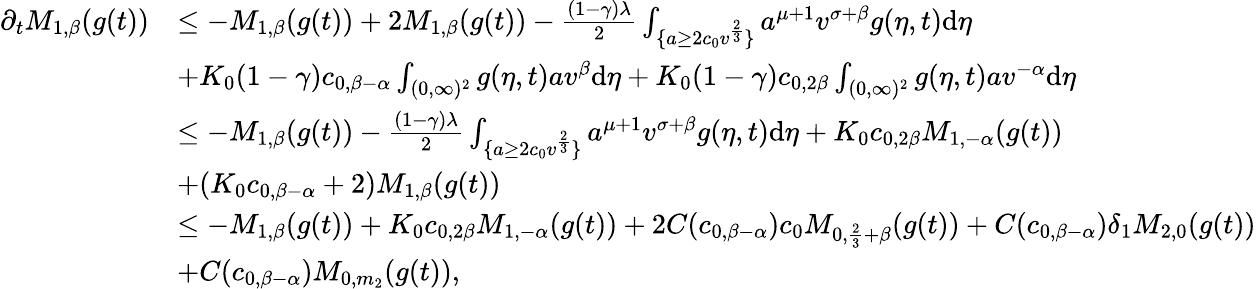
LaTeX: \begin{array}{rl}{\partial_{t}M_{1,\beta}(g(t))}&{\leq-M_{1,\beta}(g(t))+2M_{1,\beta}(g(t))-\frac{(1-\gamma)\lambda}{2}\int_{\{ a\geq 2c_{0}v^{\frac{2}{3}}\} }a^{\mu+1}v^{\sigma+\beta}g(\eta,t)\textup{d}\eta}\\ &{+K_{0}(1-\gamma)c_{0,\beta-\alpha}\int_{(0,\infty)^{2}}g(\eta,t)av^{\beta}\textup{d}\eta+K_{0}(1-\gamma)c_{0,2\beta}\int_{(0,\infty)^{2}}g(\eta,t)av^{-\alpha}\textup{d}\eta}\\ &{\leq-M_{1,\beta}(g(t))-\frac{(1-\gamma)\lambda}{2}\int_{\{ a\geq 2c_{0}v^{\frac{2}{3}}\} }a^{\mu+1}v^{\sigma+\beta}g(\eta,t)\textup{d}\eta+K_{0}c_{0,2\beta}M_{1,-\alpha}(g(t))}\\ &{+(K_{0}c_{0,\beta-\alpha}+2)M_{1,\beta}(g(t))}\\ &{\leq-M_{1,\beta}(g(t))+K_{0}c_{0,2\beta}M_{1,-\alpha}(g(t))+2C(c_{0,\beta-\alpha})c_{0}M_{0,\frac{2}{3}+\beta}(g(t))+C(c_{0,\beta-\alpha})\delta_{1}M_{2,0}(g(t))}\\ &{+C(c_{0,\beta-\alpha})M_{0,m_{2}}(g(t)),}\end{array}